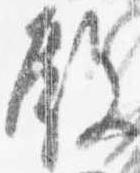
殿